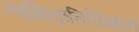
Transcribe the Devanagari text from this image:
त्वग्विकृतिविज्ञान